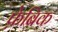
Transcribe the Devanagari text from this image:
फ़ेब्रिक